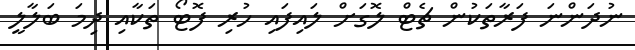
ނުދަންނަ ފަރާތަކުން ޗެޓް ލޮގަށް ލައިފައި ހުރި ފޮޓޯ ތަކާއި ދިމަ ބަލާލީ